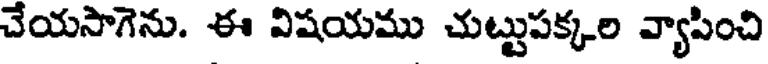
చేయసాగెను. ఈ విషయము చుట్టుపక్కల వ్యాపించి